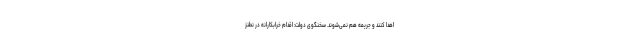
اهدا کنند و جریمه هم نمی‌شوند. سخنگوی دولت: اقدام خرابکارانه در نطنز